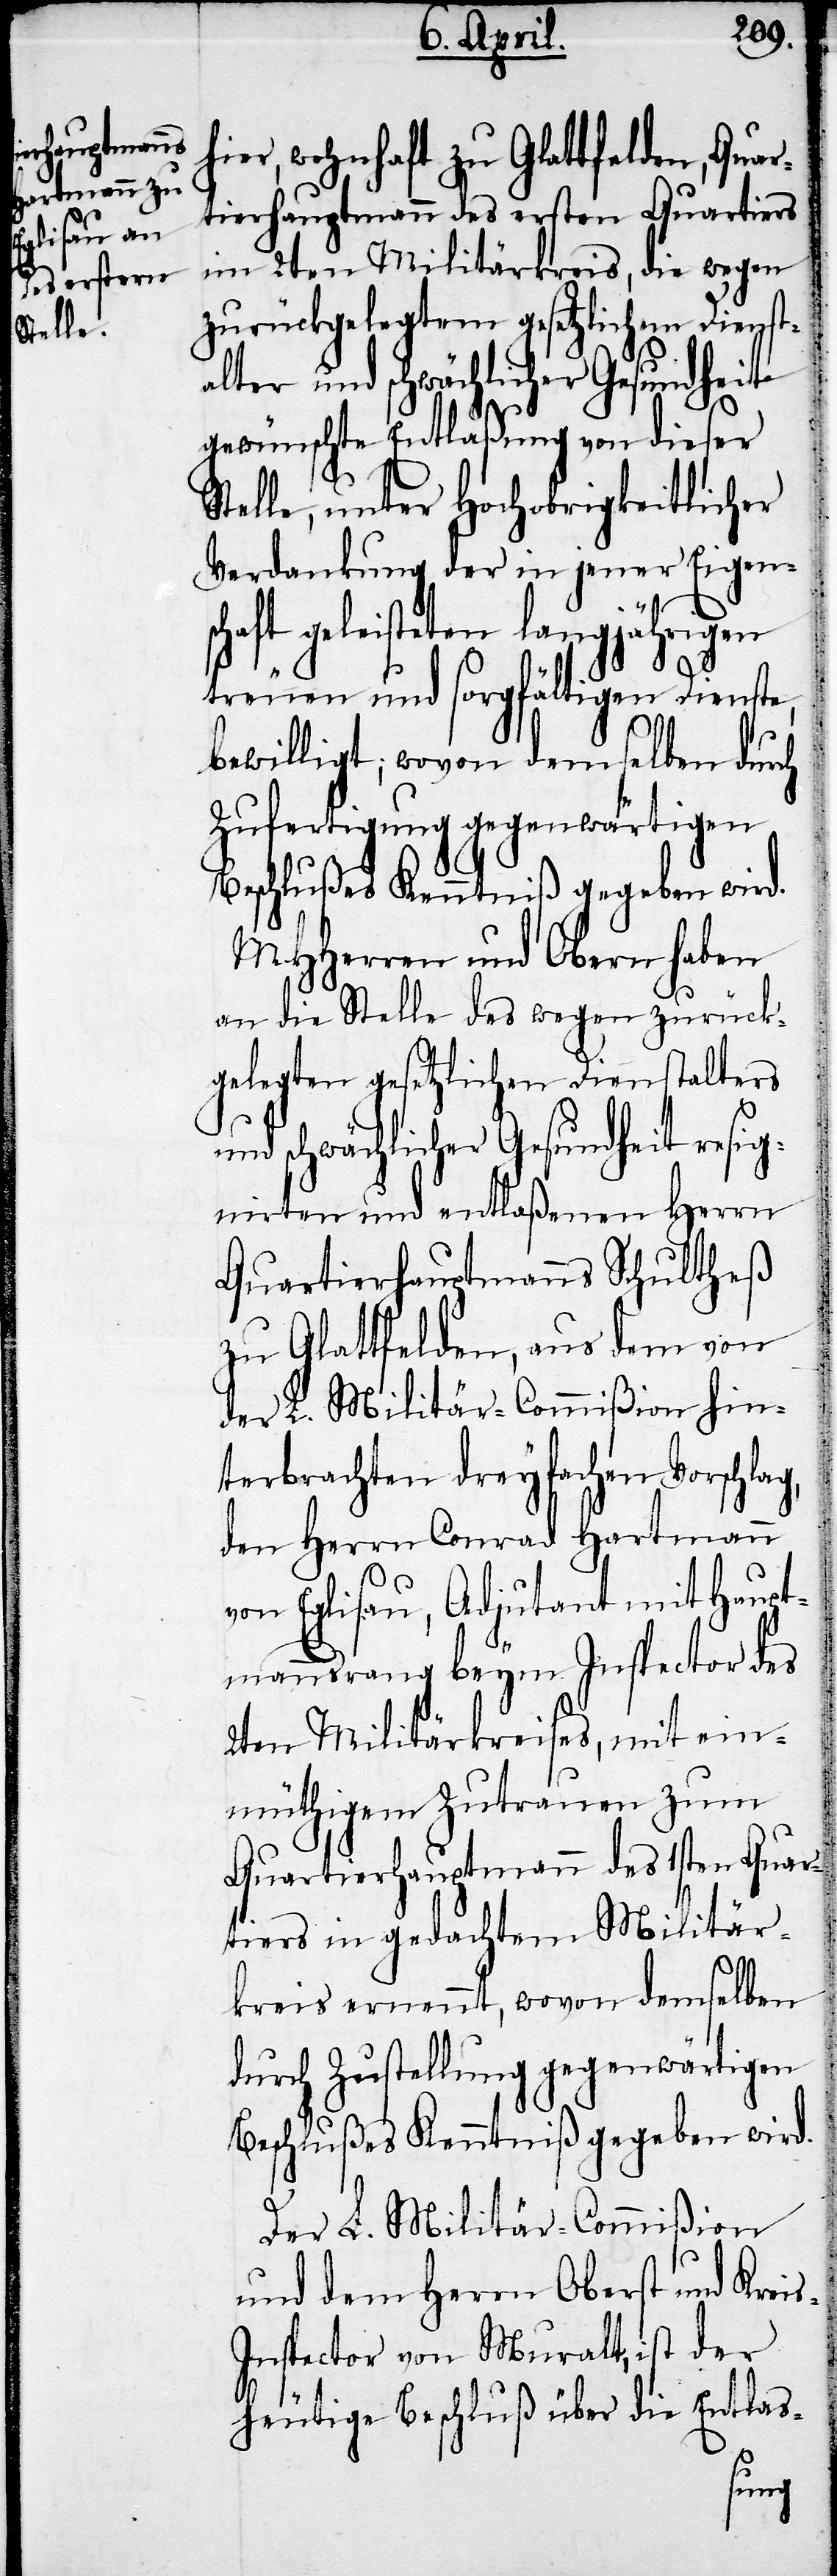
ier, wohnhaft zu Glattfelden, Quar¬
tierhauptmann des ersten Quartiers
im 2ten Militärkreis, die wegen
zurückgelegtem gesetzlichem Dienst¬
alter und schwächlicher Gesundheit
gewünschte Entlaßung von dieser
Stelle, unter Hochobrigkeitlicher
Verdankung der in jener Eigen¬
schaft geleisteten langjährigen
g,
treuen und sorgfältigen Dienste,
bewilligt; wovon demselben durch
Zufertigung gegenwärtigen
Beschlußes Kenntniß gegeben wird.
MHHerren und Obern haben
an die Stelle des wegen zurück¬
gelegten gesetzlichen Dienstalters
und schwächlicher Gesundheit resig¬
nirten und entlaßenen Herrn
Quartierhauptmanns Schultheß
zu Glattfelden, aus dem von
der L. Militär-Commißion hin¬
terbrachten dreyfachen Vorschla¬
den Herrn Conrad Hartmann
von Eglisau, Adjutant mit Haupt¬
mannsrang beym Inspector des
2ten Militärkreises, mit ein¬
müthigem Zutrauen zum
Quartierhauptmann des 1sten Quar¬
tiers in gedachtem Militär¬
kreis ernennt, wovon demselben
durch Zustellung gegenwärtigen
Beschlußes Kenntniß gegeben wird.
s-I¬
Der L. Militär-Commißion
und dem Herrn Oberst und Krei¬
nspector von Muralt, ist der
heutige Beschluß über die Entlas-